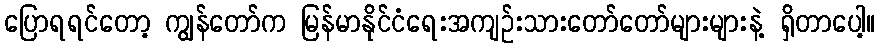
ပြောရရင်တော့ ကျွန်တော်က မြန်မာနိုင်ငံရေးအကျဉ်းသားတော်တော်များများနဲ့ ရှိတာပေါ့။